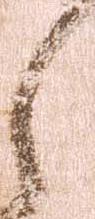
之